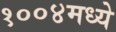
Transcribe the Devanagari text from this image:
१००४मध्ये